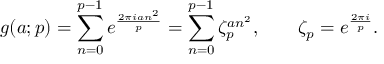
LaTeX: g ( a ; p ) = \sum _ { n = 0 } ^ { p - 1 } e ^ { \frac { 2 \pi i a n ^ { 2 } } { p } } = \sum _ { n = 0 } ^ { p - 1 } \zeta _ { p } ^ { a n ^ { 2 } } , \qquad \zeta _ { p } = e ^ { \frac { 2 \pi i } { p } } .